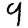
Digit: 9